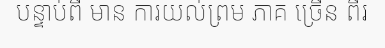
បន្ទាប់ពី មាន ការយល់ព្រម ភាគ ច្រើន ពីរ